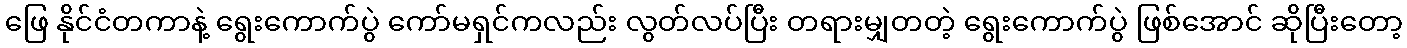
ဖြေ နိုင်ငံတကာနဲ့ ရွေးကောက်ပွဲ ကော်မရှင်ကလည်း လွတ်လပ်ပြီး တရားမျှတတဲ့ ရွေးကောက်ပွဲ ဖြစ်အောင် ဆိုပြီးတော့